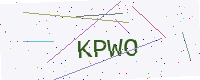
Text: KPWO